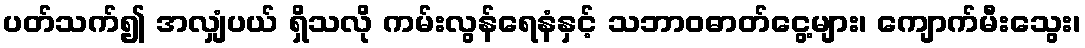
ပတ်သက်၍ အလျှံပယ် ရှိသလို ကမ်းလွန်ရေနံနှင့် သဘာဝဓာတ်ငွေ့များ၊ ကျောက်မီးသွေး၊